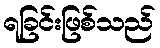
ရခြင်းဖြစ်သည်